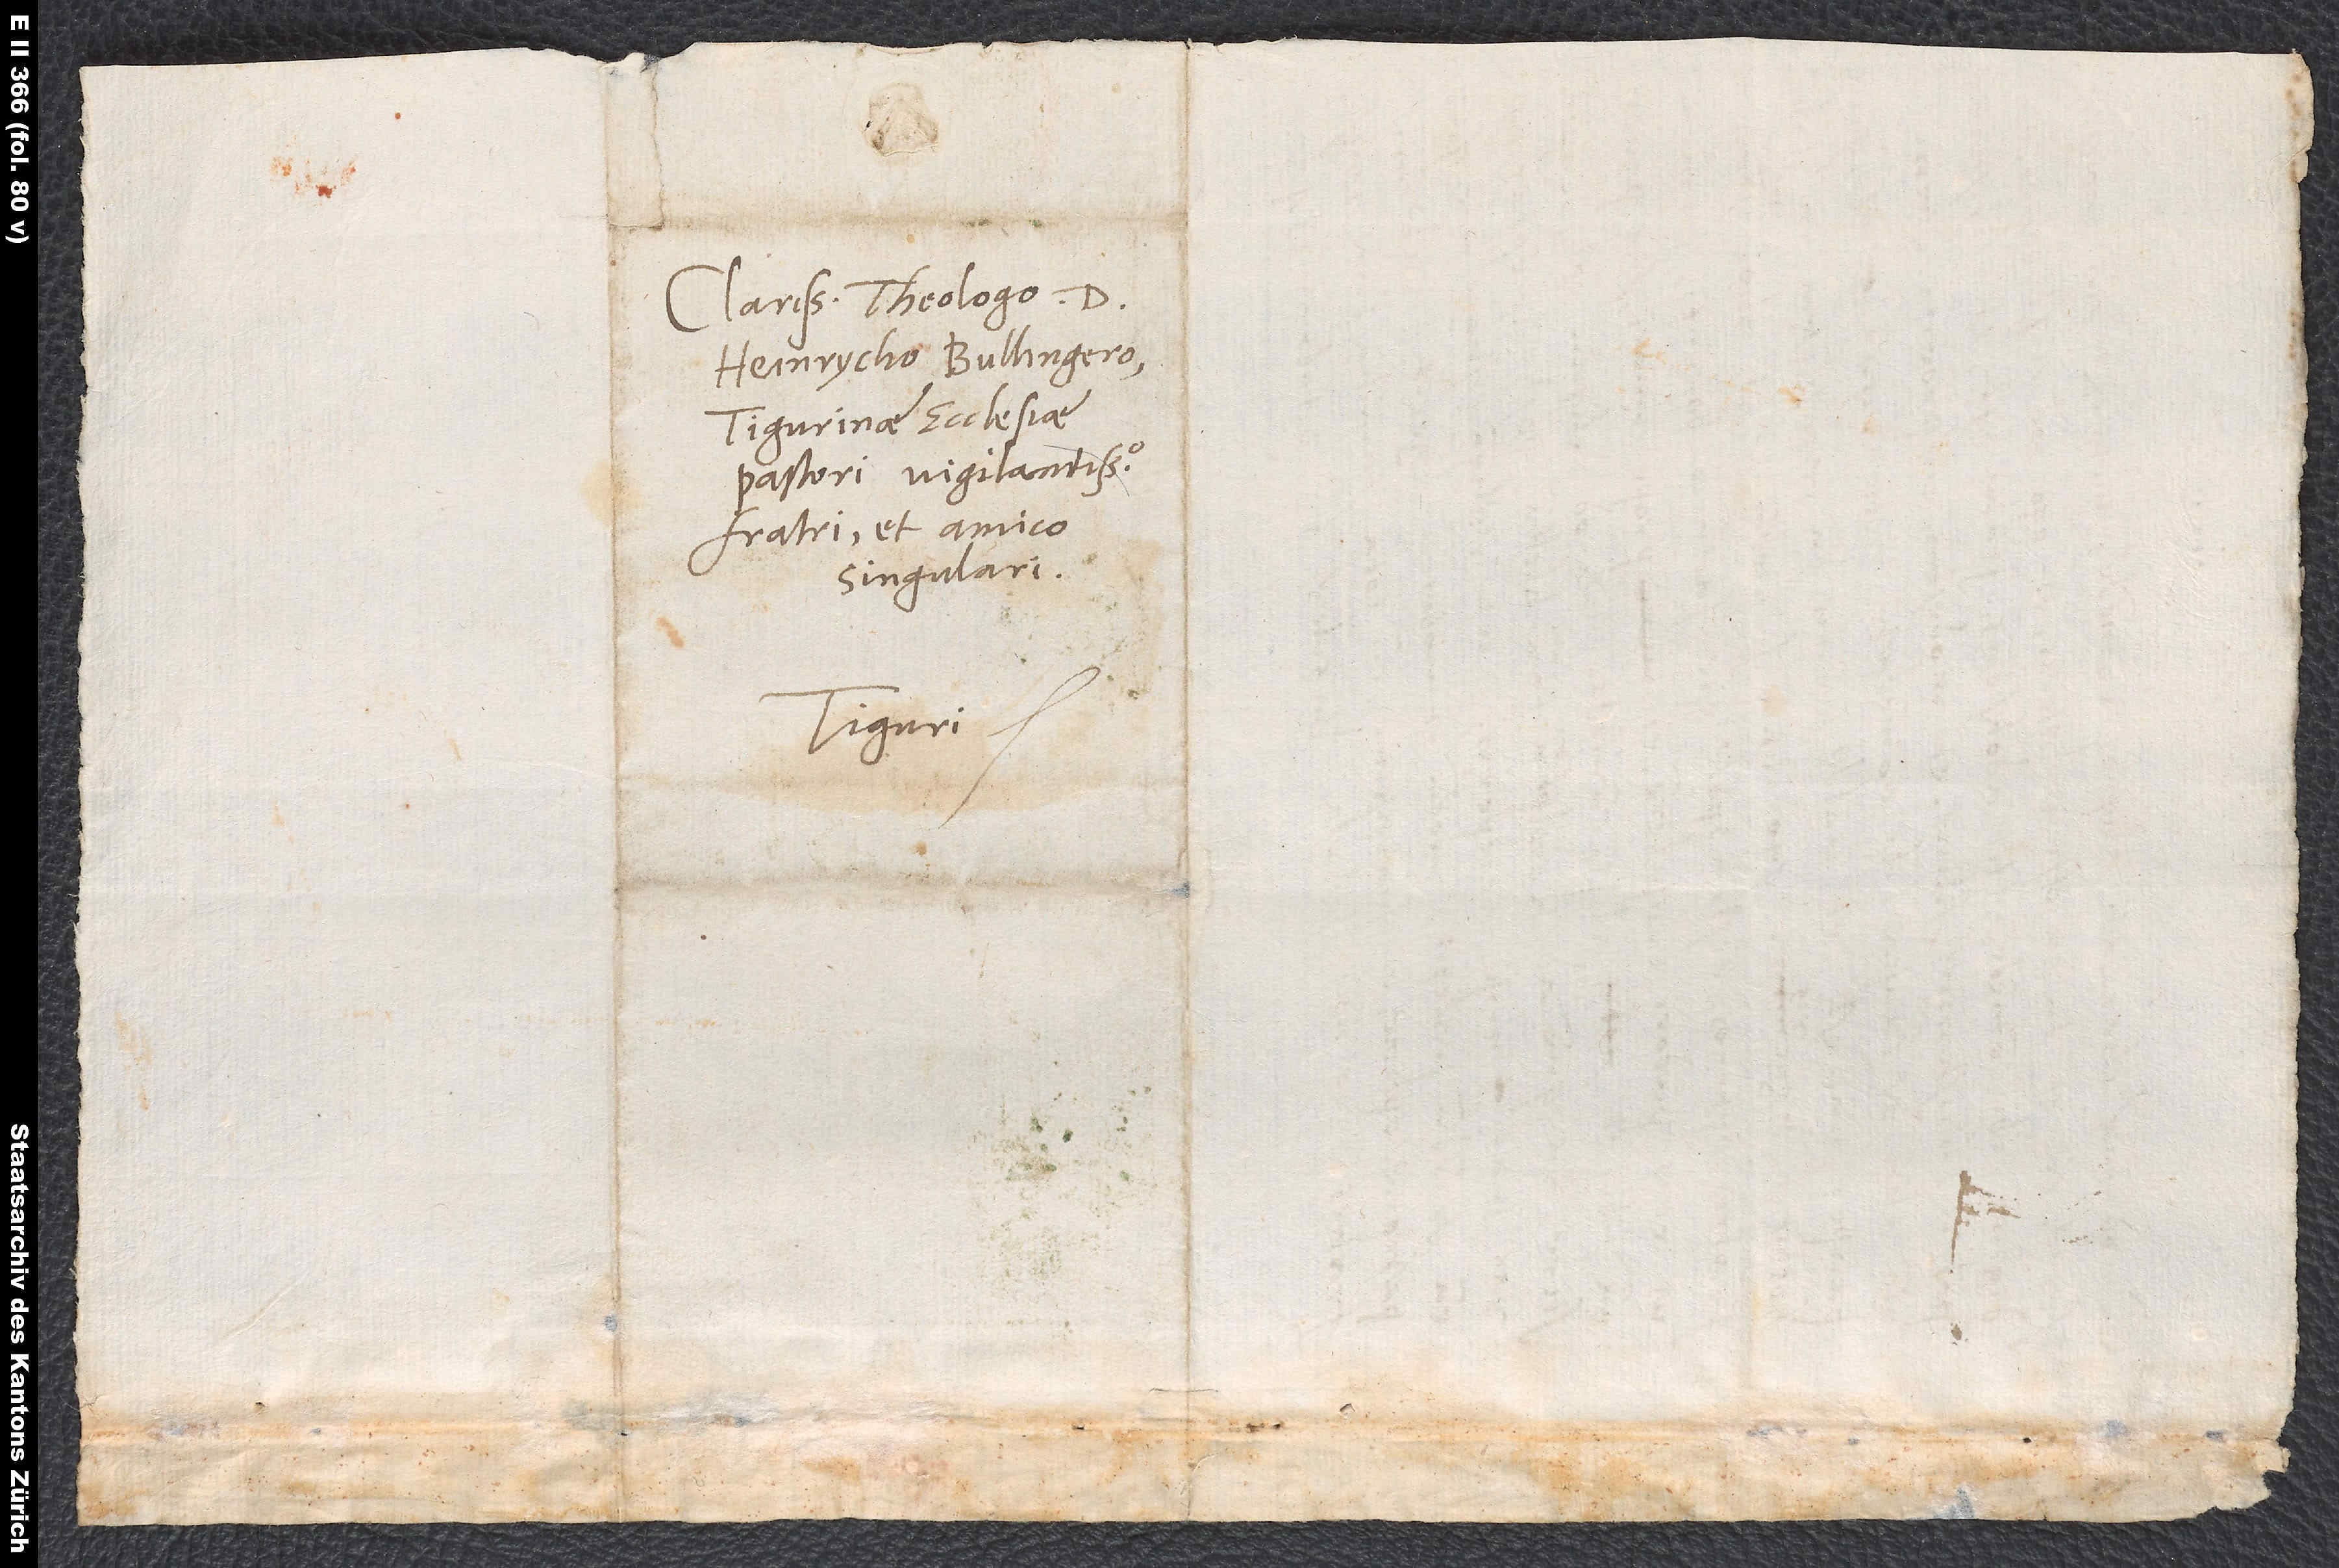
Clarissimo theologo d.
Heinrycho Bullingero,
Tigurinae ecclesiae
pastori vigilantissimo,
fratri et amico
singulari.
Tiguri.